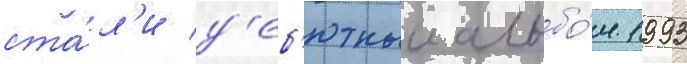
ста́л'и д'еб'ютныи альбо́м 1993